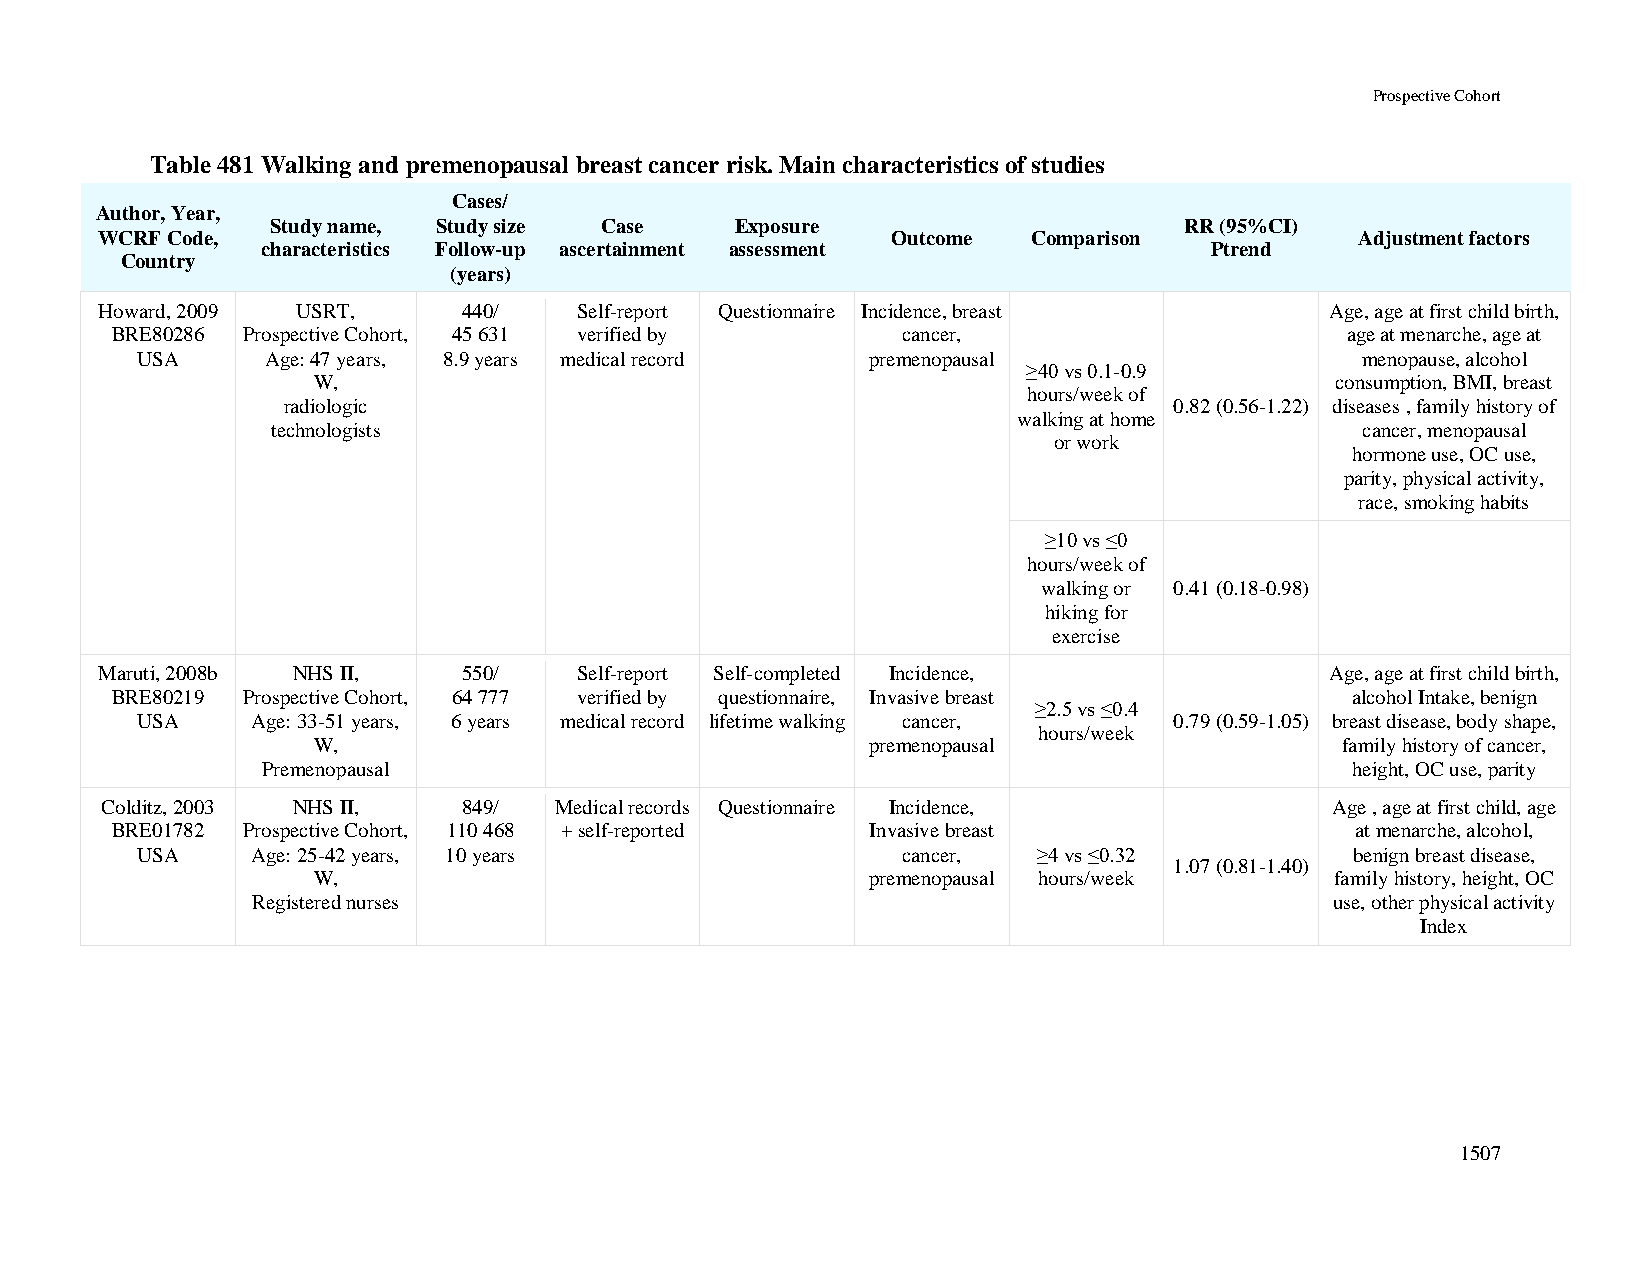
Prospective Cohort
 Table 481 Walking and premenopausal breast cancer risk. Main characteristics of studies
 Cases/
 Author, Year,
 Study name, Study size Case    Exposure                     RR (95%CI)
 WCRF Code,                                           Outcome  Comparison            Adjustment factors
 characteristics Follow-up ascertainment assessment             Ptrend
 Country
 (years)
 Howard, 2009 USRT,      440/   Self-report Questionnaire Incidence, breast       Age, age at first child birth,
 BRE80286 Prospective Cohort, 45 631 verified by      cancer,                      age at menarche, age at
 USA      Age: 47 years, 8.9 years medical record premenopausal                   menopause, alcohol
 ≥40 vs 0.1-0.9
 W,                                                                 consumption, BMI, breast
 hours/week of
 radiologic                                                 0.82 (0.56-1.22) diseases , family history of
 walking at home
 technologists                                                           cancer, menopausal
 or work
 hormone use, OC use,
 parity, physical activity,
 race, smoking habits
 ≥10 vs ≤0
 hours/week of
 walking or 0.41 (0.18-0.98)
 hiking for
 exercise
 Maruti, 2008b NHS II,   550/   Self-report Self-completed Incidence,             Age, age at first child birth,
 BRE80219 Prospective Cohort, 64 777 verified by questionnaire, Invasive breast    alcohol Intake, benign
 ≥2.5 vs ≤0.4
 USA     Age: 33-51 years, 6 years medical record lifetime walking cancer, 0.79 (0.59-1.05) breast disease, body shape,
 hours/week
 W,                                  premenopausal                   family history of cancer,
 Premenopausal                                                           height, OC use, parity
 Colditz, 2003 NHS II,   849/  Medical records Questionnaire Incidence,           Age , age at first child, age
 BRE01782 Prospective Cohort, 110 468 + self-reported Invasive breast               at menarche, alcohol,
 USA     Age: 25-42 years, 10 years                 cancer,  ≥4 vs ≤0.32          benign breast disease,
 1.07 (0.81-1.40)
 W,                                  premenopausal hours/week       family history, height, OC
 Registered nurses                                                      use, other physical activity
 Index
 1507